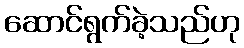
ဆောင်ရွက်ခဲ့သည်ဟု